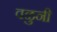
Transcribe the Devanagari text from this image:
वळुनी